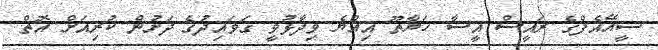
ސީއޭއެފްގެ ރައީސް އީސާ ހަޔާތޫ އިއްޔެ ވިދާޅުވީ ގަވައިދުގެ ދަށުން ކުރިއަށް އޮތް